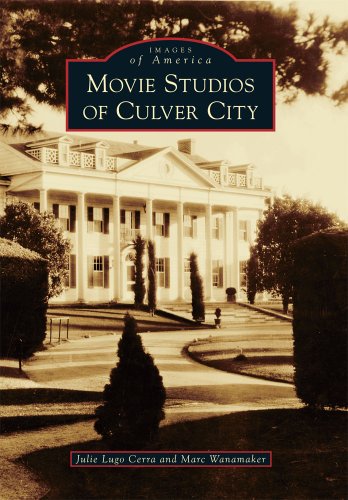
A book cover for Movie Studios of Culver City (Images of America Series) (Images of America (Arcadia Publishing)); Julie Lugo Cerra; Humor & Entertainment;